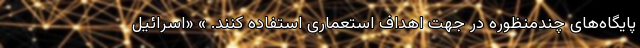
پایگاه‌های چندمنظوره در جهت اهداف استعماری استفاده کنند. » «اسرائیل